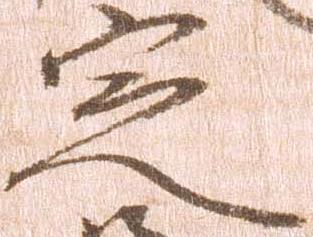
定